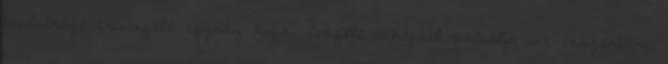
táplálkozó triumfáló egyház képe. Sokféle önképből próbálja ma összerakni